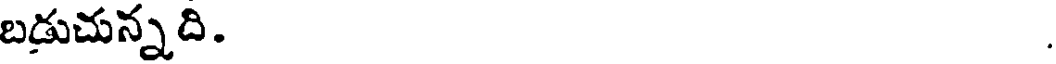
బడుచున్నది.